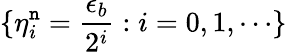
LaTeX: \{ \eta_{i}^{\mathtt{n}}=\frac{{\epsilon_{b}}}{{2^{i}}}:i=0,1,\cdots\}